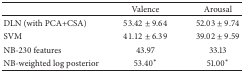
|  | Valence | Arousal |
 | --- | --- | --- |
 | DLN (with PCA+CSA) | 53.42 ± 9.64 | 52.03 ± 9.74 |
 | SVM | 41.12 ± 6.39 | 39.02 ± 9.59 |
 | NB-230 features | 43.97 | 33.13 |
 | NB-weighted log posterior | 53.40∗ | 51.00∗ |